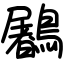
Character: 鷵